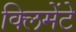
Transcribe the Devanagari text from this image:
क्लिमेंटे